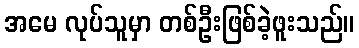
အမေ လုပ်သူမှာ တစ်ဦးဖြစ်ခဲ့ဖူးသည်။